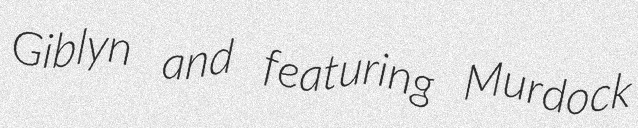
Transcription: Giblyn and featuring Murdock